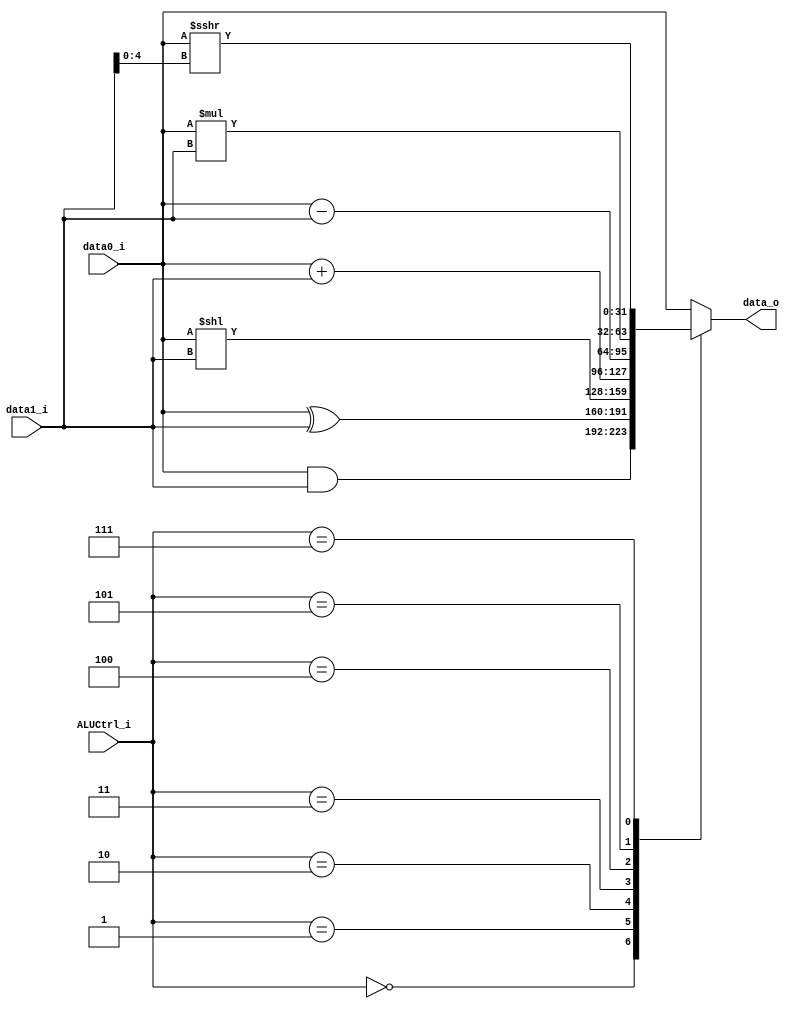
`define AND   4'b0000
`define XOR   4'b0001
`define SLL   4'b0010
`define ADD   4'b0011
`define SUB   4'b0100
`define MUL   4'b0101
`define ADDI  4'b0011
`define SRAI  4'b0111

module ALU
(
    data0_i,
    data1_i,
    ALUCtrl_i,
    data_o
);

// Ports
input  [3:0]  ALUCtrl_i;
input signed [31:0] data0_i, data1_i;
output [31:0] data_o;

// Wires & Registers
reg signed [31:0] data_reg;

assign data_o = data_reg;

always @(data0_i or data1_i or ALUCtrl_i) begin
    case (ALUCtrl_i)
        `AND:    data_reg = data0_i  & data1_i;
        `XOR:    data_reg = data0_i  ^ data1_i;
        `SLL:    data_reg = data0_i << data1_i;
        `ADD:    data_reg = data0_i  + data1_i;
        `SUB:    data_reg = data0_i  - data1_i;
        `MUL:    data_reg = data0_i  * data1_i;
        `ADDI:   data_reg = data0_i  + data1_i;
        // `SRAI:   data_reg = $signed(data0_i) >>> data1_i[4:0];
        `SRAI:   data_reg = data0_i >>> data1_i[4:0];
        default: data_reg = data0_i;
    endcase
end

endmodule